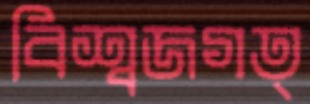
বিশ্বজগত্